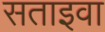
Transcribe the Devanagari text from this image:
सताइवा